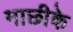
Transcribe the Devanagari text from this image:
माछीके